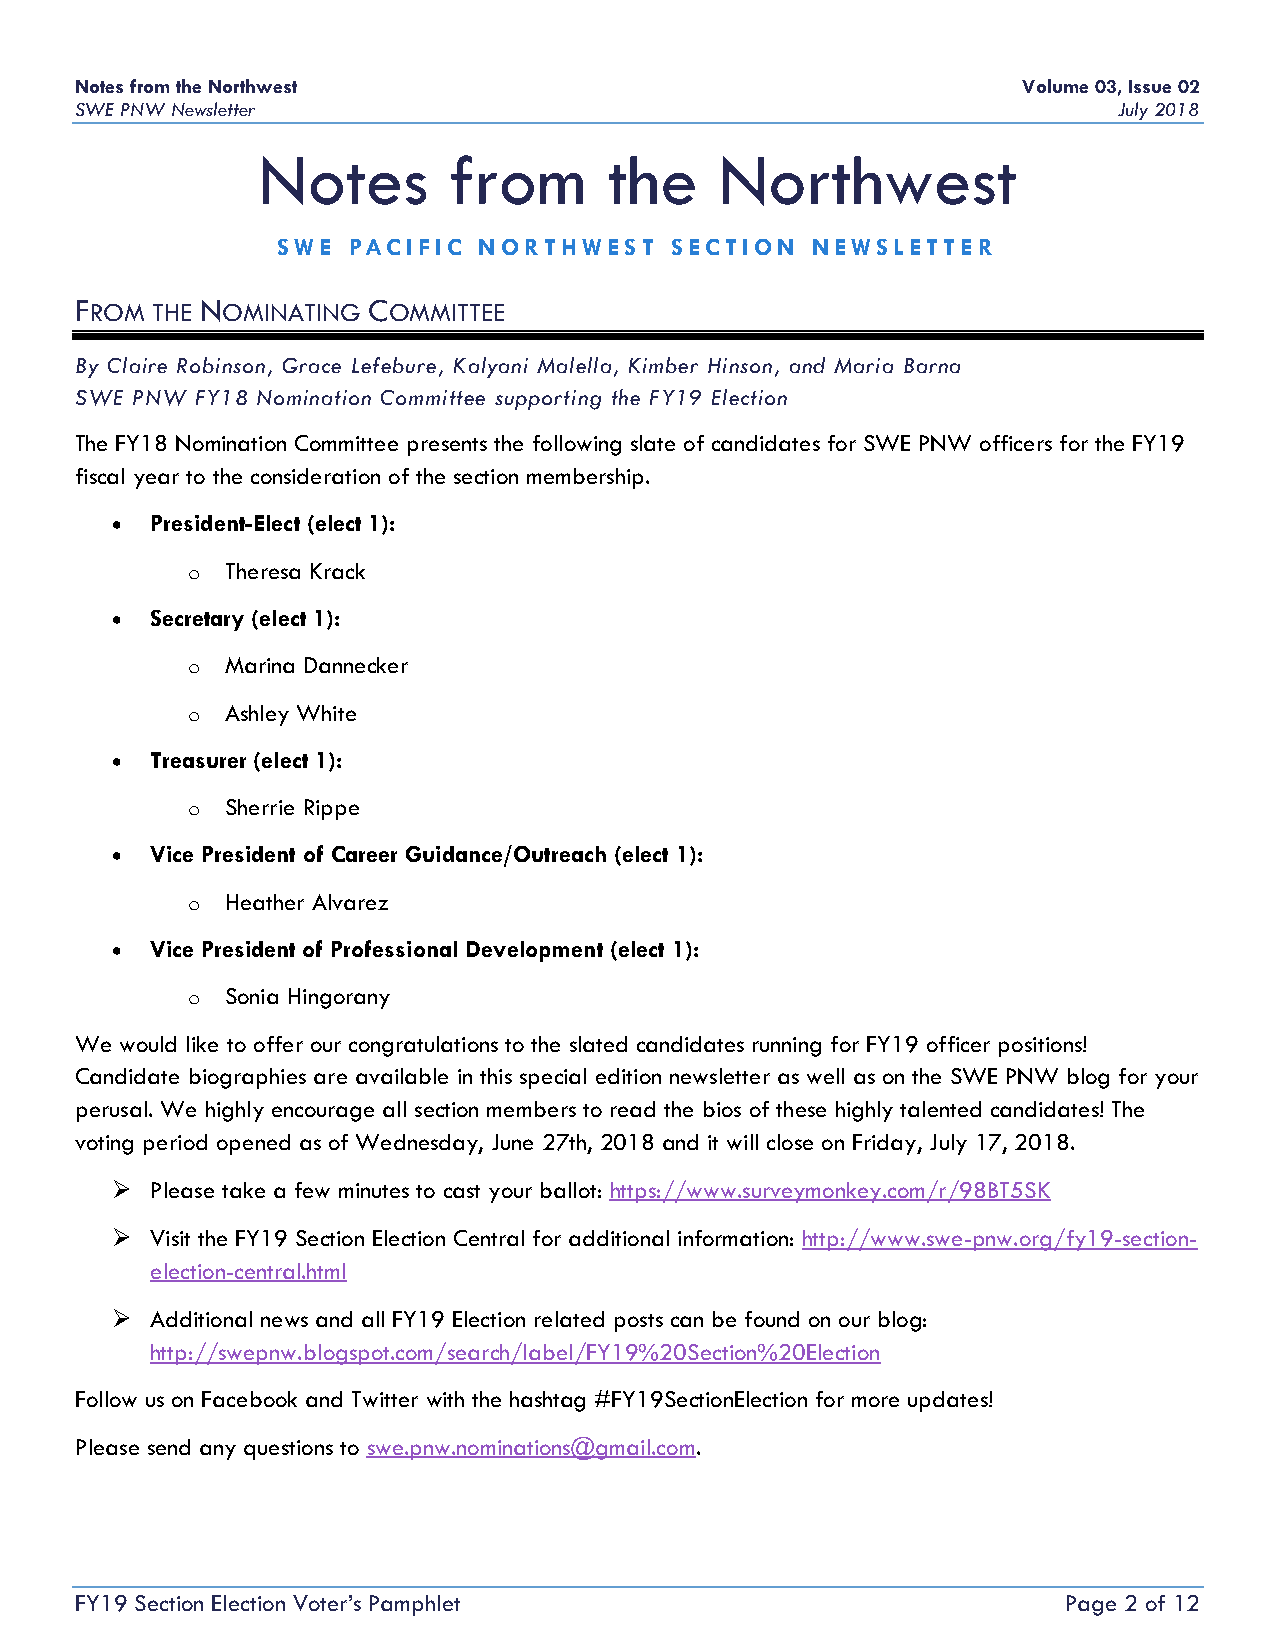
Notes from the Northwest                                       Volume 03, Issue 02
 SWE PNW Newsletter                                                   July 2018
 Notes        from      the     Northwest
 SWE  PACIFIC  NORTHWEST   SECTION   NEWSLETTER
 FROM THE NOMINATING COMMITTEE
 By Claire Robinson, Grace Lefebure, Kalyani Malella, Kimber Hinson, and Maria Barna
 SWE PNW FY18 Nomination Committee supporting the FY19 Election
 The FY18 Nomination Committee presents the following slate of candidates for SWE PNW officers for the FY19
 fiscal year to the consideration of the section membership.
 •  President-Elect (elect 1):
 o  Theresa Krack
 •  Secretary (elect 1):
 o  Marina Dannecker
 o  Ashley White
 •  Treasurer (elect 1):
 o  Sherrie Rippe
 •  Vice President of Career Guidance/Outreach (elect 1):
 o  Heather Alvarez
 •  Vice President of Professional Development (elect 1):
 o  Sonia Hingorany
 We would like to offer our congratulations to the slated candidates running for FY19 officer positions!
 Candidate biographies are available in this special edition newsletter as well as on the SWE PNW blog for your
 perusal. We highly encourage all section members to read the bios of these highly talented candidates! The
 voting period opened as of Wednesday, June 27th, 2018 and it will close on Friday, July 17, 2018.
 ➢  Please take a few minutes to cast your ballot: https://www.surveymonkey.com/r/98BT5SK
 ➢  Visit the FY19 Section Election Central for additional information: http://www.swe-pnw.org/fy19-section-
 election-central.html
 ➢  Additional news and all FY19 Election related posts can be found on our blog:
 http://swepnw.blogspot.com/search/label/FY19%20Section%20Election
 Follow us on Facebook and Twitter with the hashtag #FY19SectionElection for more updates!
 Please send any questions to swe.pnw.nominations@gmail.com.
 FY19 Section Election Voter’s Pamphlet                           Page 2 of 12